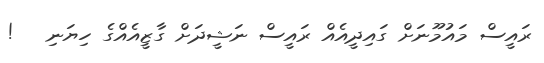
ރައީސް މައުމޫނަށް ގައިދީއެއް ރައީސް ނަޝީދަށް ގާޒީއެއްގެ ހިޔަނި   !